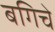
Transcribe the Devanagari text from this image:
बगिचे